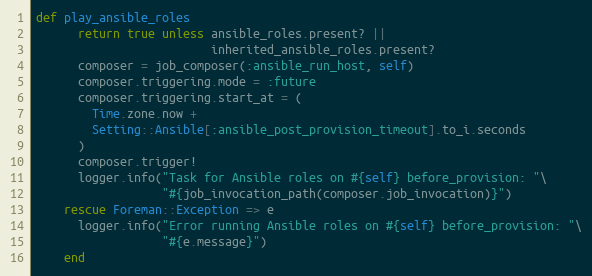
Language: Ruby
def play_ansible_roles
      return true unless ansible_roles.present? ||
                         inherited_ansible_roles.present?
      composer = job_composer(:ansible_run_host, self)
      composer.triggering.mode = :future
      composer.triggering.start_at = (
        Time.zone.now +
        Setting::Ansible[:ansible_post_provision_timeout].to_i.seconds
      )
      composer.trigger!
      logger.info("Task for Ansible roles on #{self} before_provision: "\
                  "#{job_invocation_path(composer.job_invocation)}")
    rescue Foreman::Exception => e
      logger.info("Error running Ansible roles on #{self} before_provision: "\
                  "#{e.message}")
    end